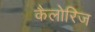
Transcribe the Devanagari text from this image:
कैलोरिज